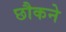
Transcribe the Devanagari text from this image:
छौकने